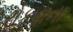
રોકડાના